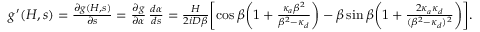
\begin{array} { r l } & { g ^ { \prime } ( H , s ) = \frac { \partial g ( H , s ) } { \partial s } = \frac { \partial g } { \partial \alpha } \, \frac { d \alpha } { d s } = \frac { H } { 2 i D \beta } \biggl [ \cos \beta \biggl ( 1 + \frac { \kappa _ { a } \beta ^ { 2 } } { \beta ^ { 2 } - \kappa _ { d } } \biggr ) - \beta \sin \beta \biggl ( 1 + \frac { 2 \kappa _ { a } \kappa _ { d } } { ( \beta ^ { 2 } - \kappa _ { d } ) ^ { 2 } } \biggr ) \biggr ] . } \end{array}